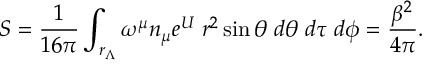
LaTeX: S = { \frac { 1 } { 1 6 \pi } } \int _ { r _ { \Lambda } } \omega ^ { \mu } n _ { \mu } e ^ { U } \; r ^ { 2 } \sin { \theta } \; d \theta \; d \tau \; d \phi = \frac { \beta ^ { 2 } } { 4 \pi } .